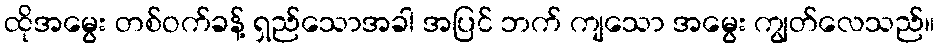
ထိုအမွေး တစ်ဝက်ခန့် ရှည်သောအခါ အပြင် ဘက် ကျသော အမွေး ကျွတ်လေသည်။